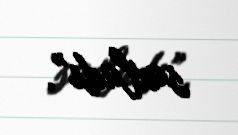
saxladı”.